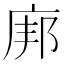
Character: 𫷪